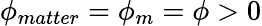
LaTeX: \phi_{matter}=\phi_{m}=\phi>0